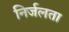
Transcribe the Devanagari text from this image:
निर्जलता